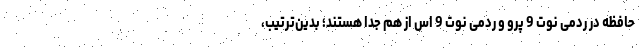
حافظه در ردمی نوت 9 پرو و ردمی نوت 9 اس از هم جدا هستند؛ بدین‌ترتیب،